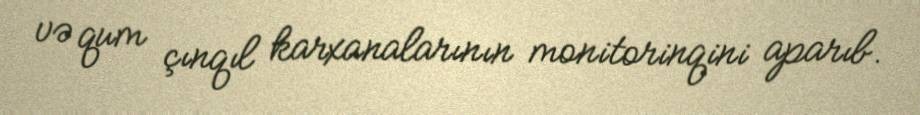
və qum çınqıl karxanalarının monitorinqini aparıb.